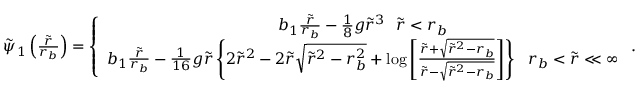
\begin{array} { r } { \tilde { \psi } _ { 1 } \left( \frac { \tilde { r } } { r _ { b } } \right) = \left\{ \begin{array} { c } { b _ { 1 } \frac { \tilde { r } } { r _ { b } } - \frac { 1 } { 8 } g \tilde { r } ^ { 3 } ~ ~ \tilde { r } < r _ { b } } \\ { b _ { 1 } \frac { \tilde { r } } { r _ { b } } - \frac { 1 } { 1 6 } g \tilde { r } \left\{ 2 \tilde { r } ^ { 2 } - 2 \tilde { r } \sqrt { \tilde { r } ^ { 2 } - r _ { b } ^ { 2 } } + \log \left[ \frac { \tilde { r } + \sqrt { \tilde { r } ^ { 2 } - r _ { b } } } { \tilde { r } - \sqrt { \tilde { r } ^ { 2 } - r _ { b } } } \right] \right\} ~ ~ r _ { b } < \tilde { r } \ll \infty } \end{array} \right. . } \end{array}